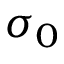
\sigma _ { 0 }